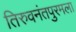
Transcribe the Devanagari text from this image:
तिरुवनंतपुरमला